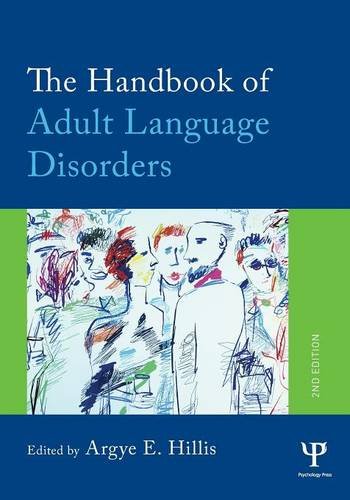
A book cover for The Handbook of Adult Language Disorders; Health, Fitness & Dieting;